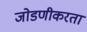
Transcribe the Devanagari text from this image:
जोडणीकरता